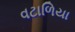
વટાળિયા